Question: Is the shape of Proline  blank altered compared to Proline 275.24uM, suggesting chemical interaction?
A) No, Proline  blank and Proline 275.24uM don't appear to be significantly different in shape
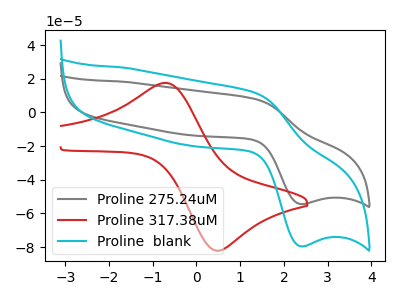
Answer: <think>The gray curve "Proline 275.24uM" has an anodic peak at (1.35V, 7.95uA) and a cathodic peak at (2.40V, -54.40uA). The red curve "Proline 317.38uM" has an anodic peak at (-0.70V, 17.55uA) and a cathodic peak at (0.45V, -82.15uA). The cyan curve "Proline  blank" has an anodic peak at (1.35V, 11.60uA) and a cathodic peak at (2.40V, -79.50uA).
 All the peaks in "Proline  blank" have a peak in "Proline 275.24uM" at the same potential. Every peak in "Proline  blank" is higher than every peak in "Proline 275.24uM".</think>
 <answer>A) No, "Proline  blank" and "Proline 275.24uM" don't appear to be significantly different in shape</answer>
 <eval>A</eval>